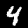
Digit: 4